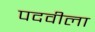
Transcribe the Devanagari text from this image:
पदवीला